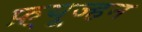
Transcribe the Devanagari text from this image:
फ़्यूज्हन